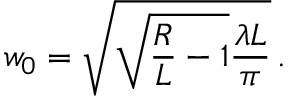
w _ { 0 } = \sqrt { \sqrt { \frac { R } { L } - 1 } \frac { \lambda L } { \pi } } \, .